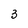
Character: 3